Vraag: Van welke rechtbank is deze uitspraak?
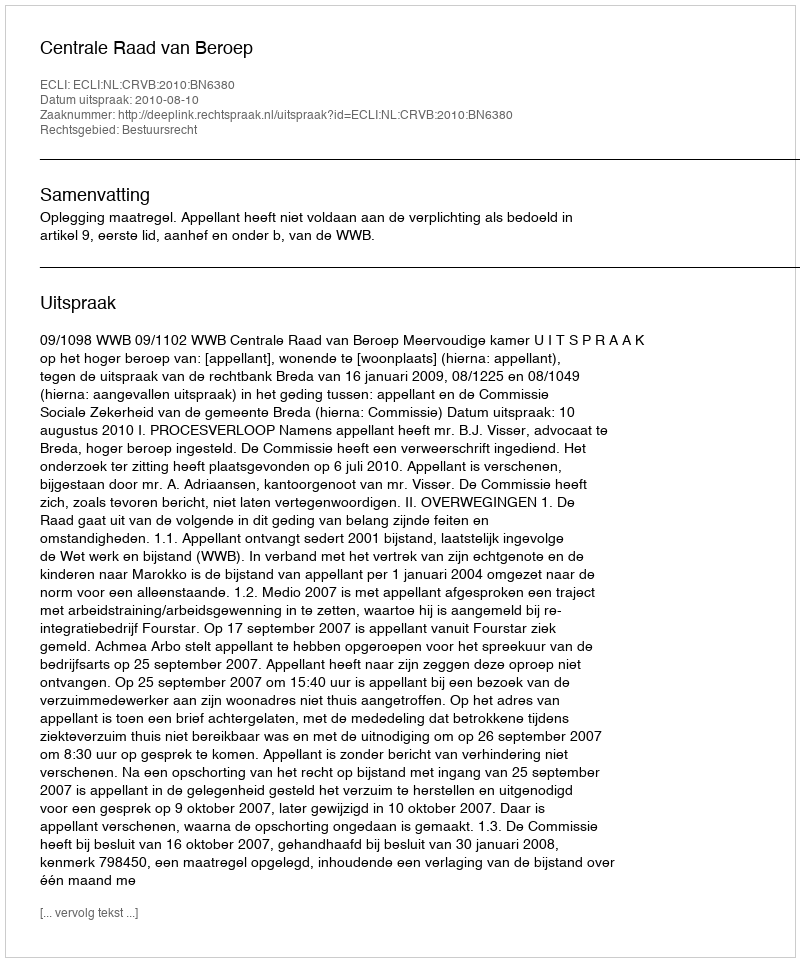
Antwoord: Centrale Raad van Beroep